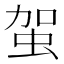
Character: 𧉪